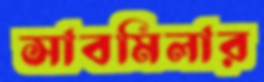
সাবমিলার